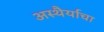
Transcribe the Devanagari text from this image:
अस्थैर्याचा